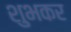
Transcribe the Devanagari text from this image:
शुभकर